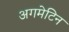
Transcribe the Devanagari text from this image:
अगमेटिन